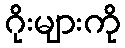
ဂိုးများကို